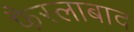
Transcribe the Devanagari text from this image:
फैस्लाबाद